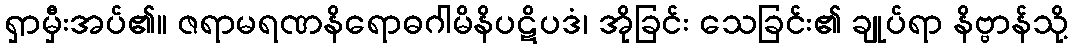
ရှာမှီးအပ်၏။ ဇရာမရဏနိရောဓဂါမိနိပဋိပဒံ၊ အိုခြင်း သေခြင်း၏ ချုပ်ရာ နိဗ္ဗာန်သို့